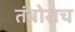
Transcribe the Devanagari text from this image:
तंबोराच